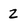
Character: Z